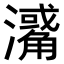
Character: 𤁭